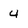
Character: u